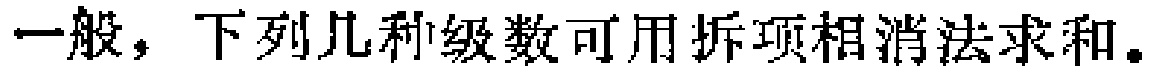
一般，下列几种级数可用拆项相消法求和。